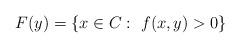
LaTeX: \begin{align*}F(y)=\{x\in C:~f(x,y)>0\}\end{align*}